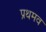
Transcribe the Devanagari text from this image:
प्रथमव